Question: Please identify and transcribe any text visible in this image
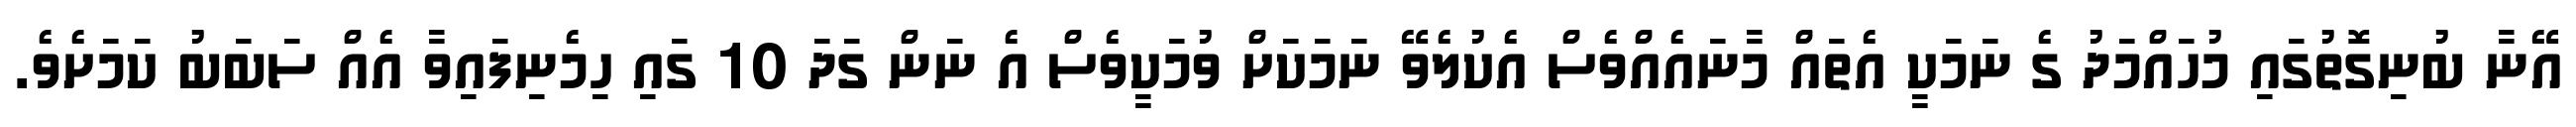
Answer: އޭނާ ބުނިގޮތުގައި މުހައްމަދު ގެ ނަމަކީ އެތައް މާނައެއްވެސް އެކުލެވޭ ނަމަކަށް ވުމަކީވެސް އެ ނަން ގަދަ 10 ގައި ހިމެނިފައިވާ އެއް ސަބަބު ކަމަށެވެ.